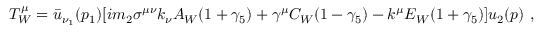
T _ { W } ^ { \mu } = { \bar { u } } _ { \nu _ { 1 } } ( p _ { 1 } ) [ i m _ { 2 } \sigma ^ { \mu \nu } k _ { \nu } A _ { W } ( 1 + \gamma _ { 5 } ) + \gamma ^ { \mu } C _ { W } ( 1 - \gamma _ { 5 } ) - k ^ { \mu } E _ { W } ( 1 + \gamma _ { 5 } ) ] u _ { 2 } ( p ) \ ,